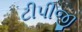
ટીપીજી